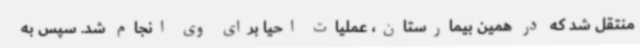
منتقل شد که در همین بیمارستان، عملیات احیا برای وی انجام شد. سپس به